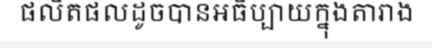
ផលិតផលដូចបានអធិប្បាយក្នុងតារាង